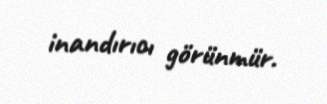
inandırıcı görünmür.